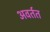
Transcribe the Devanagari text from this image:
अवर्तत